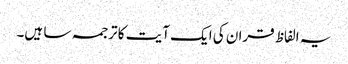
یہ الفاظ قران کی ایک آیت کا ترجمہ سا ہیں۔